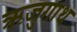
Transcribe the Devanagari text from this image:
ऋजुगाथ